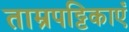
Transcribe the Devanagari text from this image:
ताम्रपट्टिकाएँ